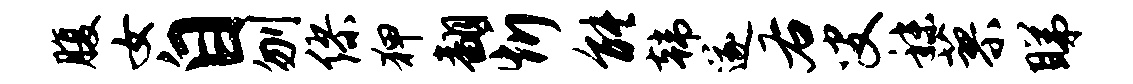
腹女自刎缪狎翻忻能韩遂右叟秣蓼睇